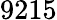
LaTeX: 9215